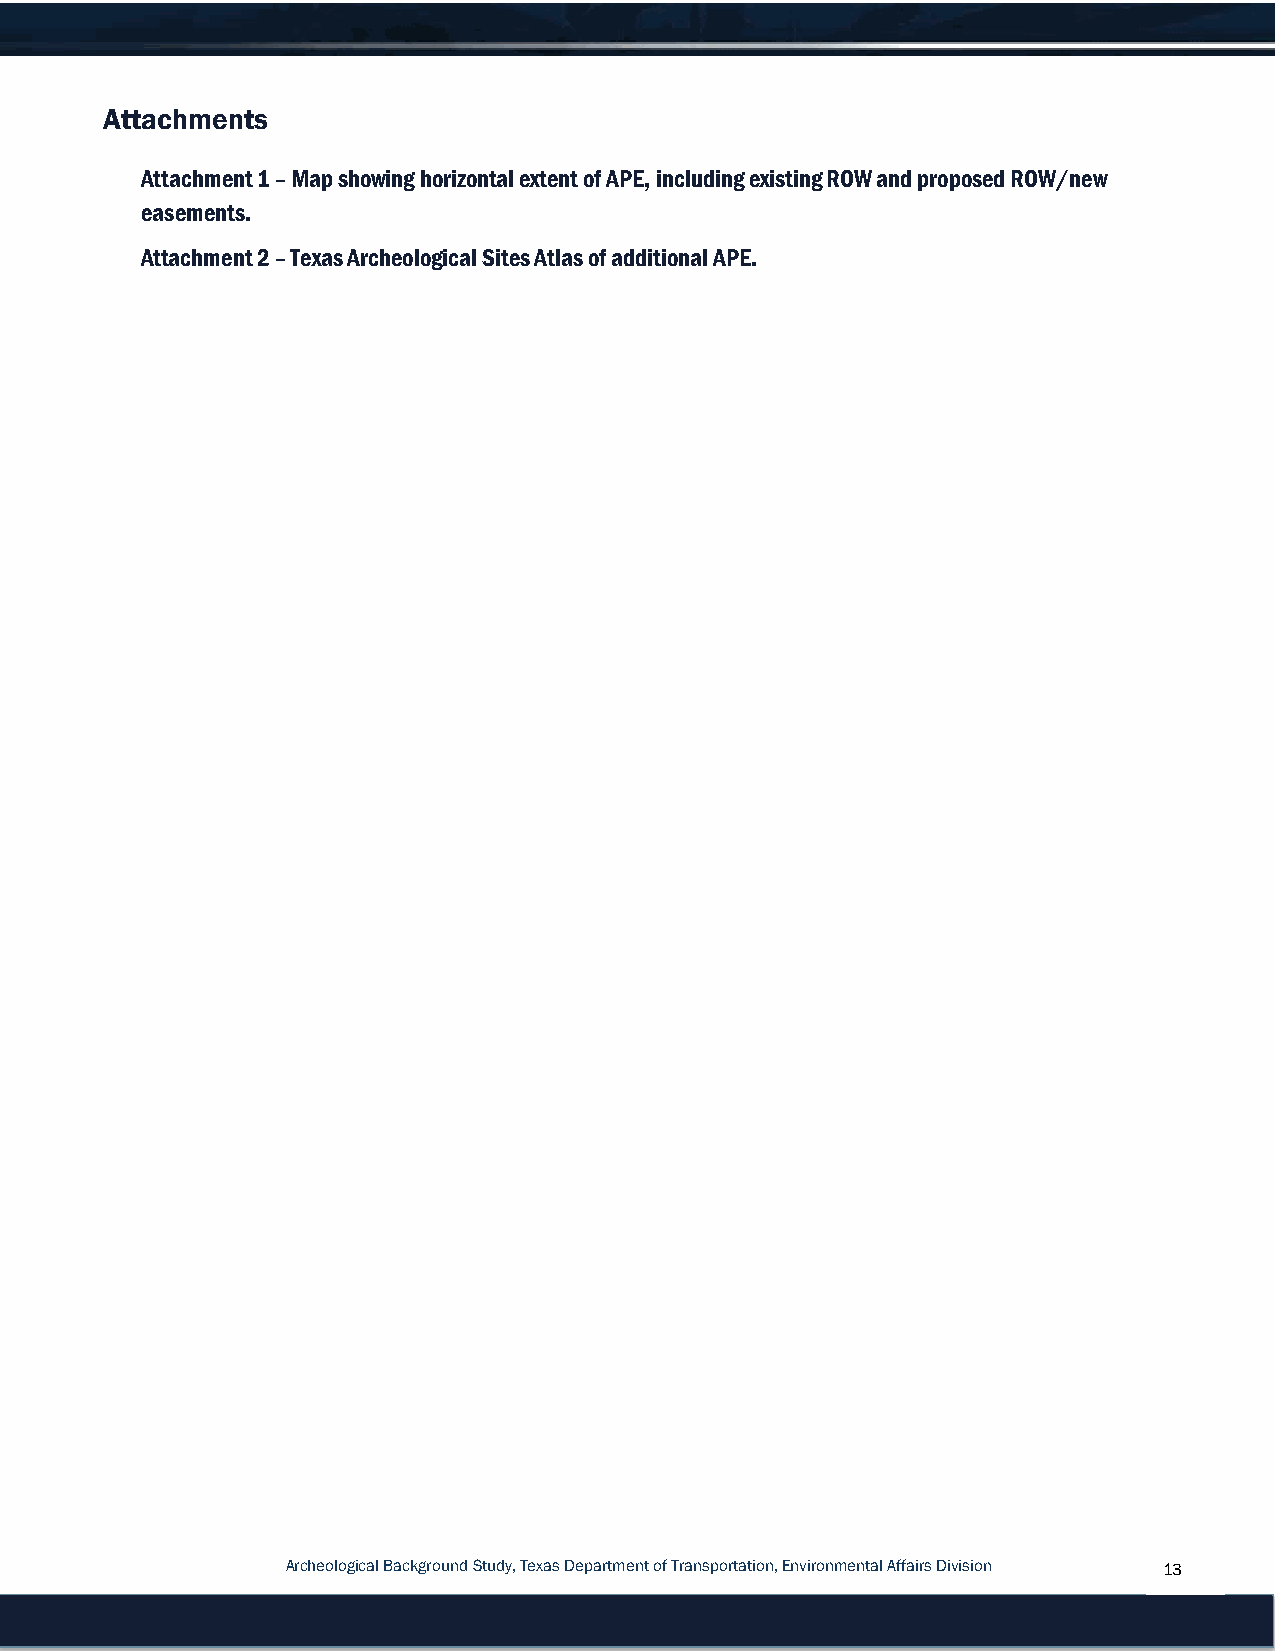
Attachments
 Attachment 1 – Map showing horizontal extent of APE, including existing ROW and proposed ROW/new
 easements.
 Attachment 2 – Texas Archeological Sites Atlas of additional APE.
 Archeological Background Study, Texas Department of Transportation, Environmental Affairs Division 13